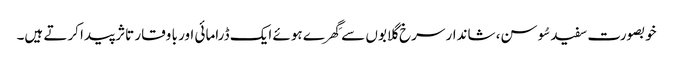
خوبصورت سفید سُوسن، شاندار سرخ گلابوں سے گِھرے ہوئے ایک ڈرامائی اور با وقار تاثر پیدا کرتے ہیں۔